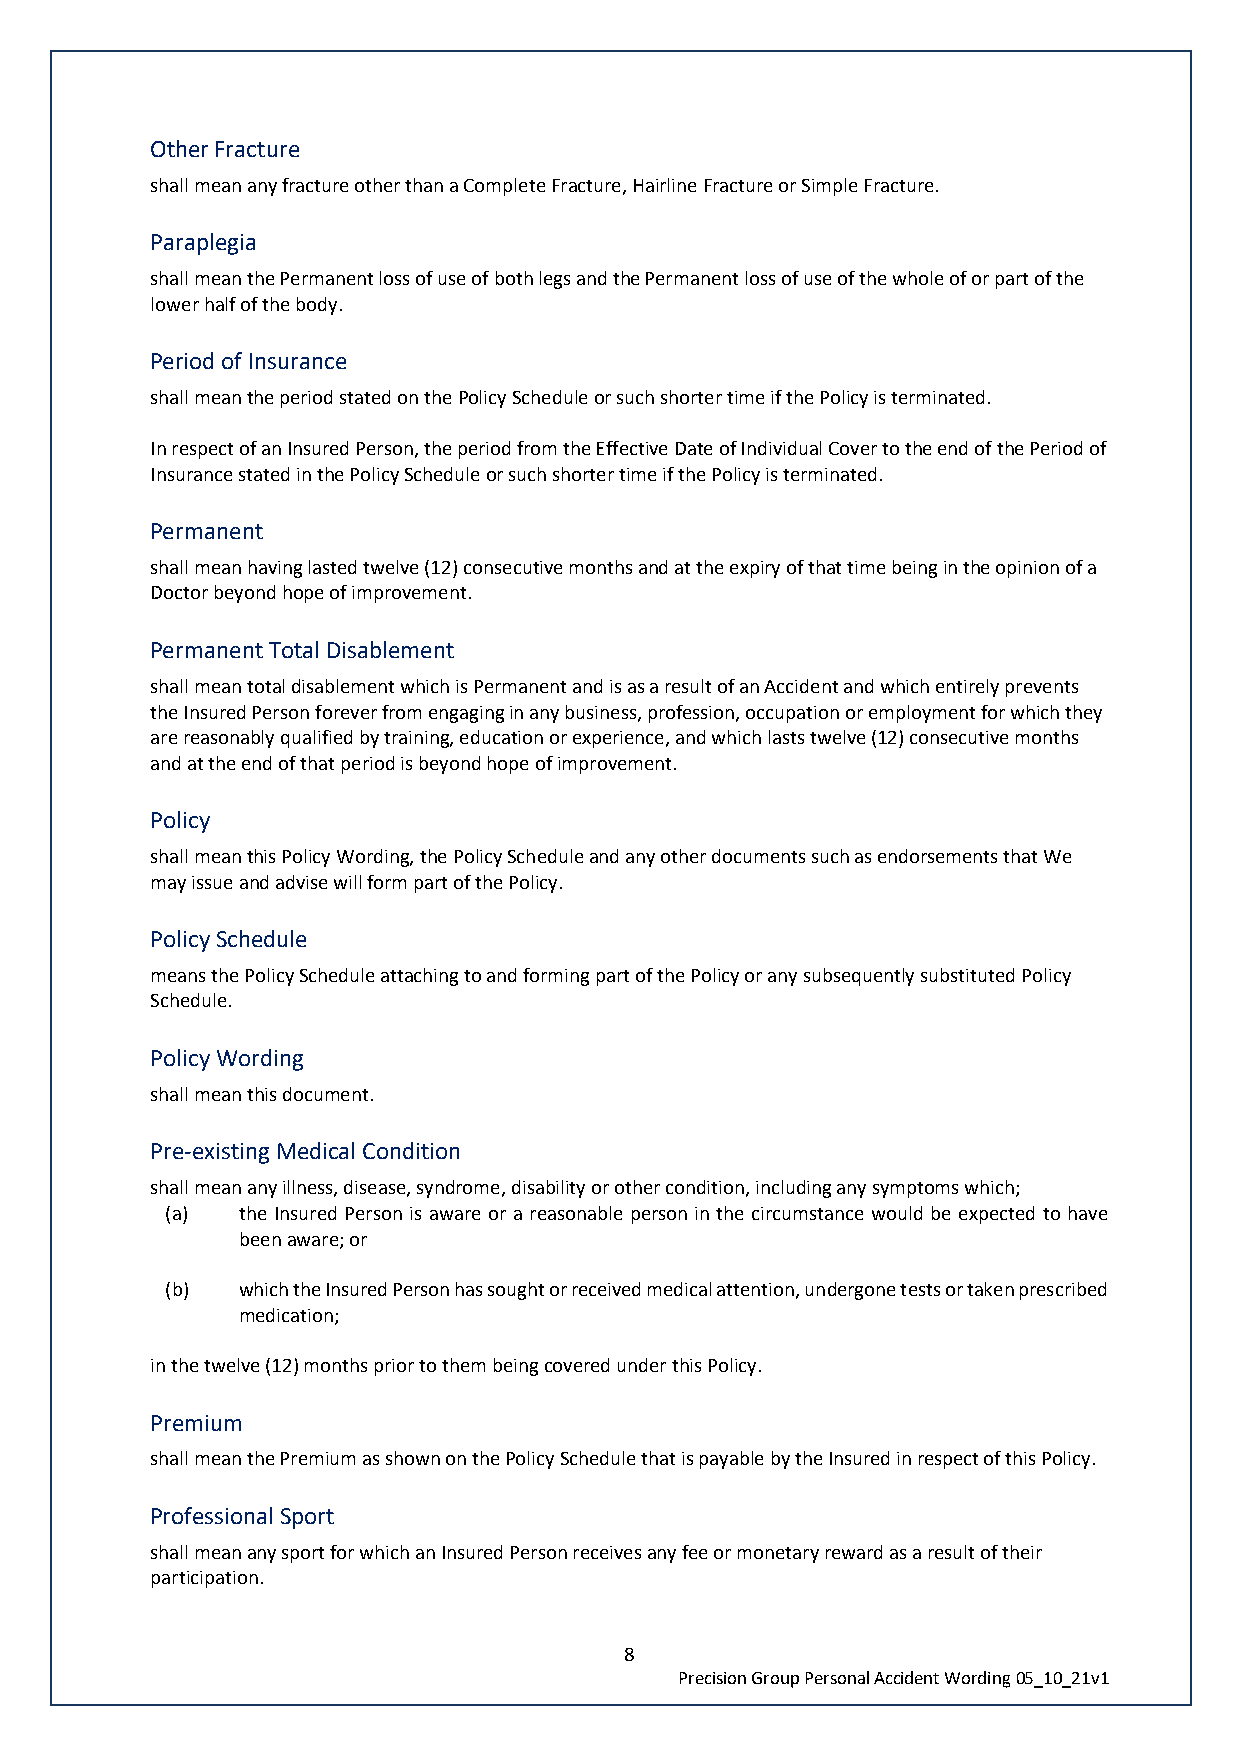
Other Fracture
 shall mean any fracture other than a Complete Fracture, Hairline Fracture or Simple Fracture.
 Paraplegia
 shall mean the Permanent loss of use of both legs and the Permanent loss of use of the whole of or part of the
 lower half of the body.
 Period of Insurance
 shall mean the period stated on the Policy Schedule or such shorter time if the Policy is terminated.
 In respect of an Insured Person, the period from the Effective Date of Individual Cover to the end of the Period of
 Insurance stated in the Policy Schedule or such shorter time if the Policy is terminated.
 Permanent
 shall mean having lasted twelve (12) consecutive months and at the expiry of that time being in the opinion of a
 Doctor beyond hope of improvement.
 Permanent Total Disablement
 shall mean total disablement which is Permanent and is as a result of an Accident and which entirely prevents
 the Insured Person forever from engaging in any business, profession, occupation or employment for which they
 are reasonably qualified by training, education or experience, and which lasts twelve (12) consecutive months
 and at the end of that period is beyond hope of improvement.
 Policy
 shall mean this Policy Wording, the Policy Schedule and any other documents such as endorsements that We
 may issue and advise will form part of the Policy.
 Policy Schedule
 means the Policy Schedule attaching to and forming part of the Policy or any subsequently substituted Policy
 Schedule.
 Policy Wording
 shall mean this document.
 Pre-existing Medical Condition
 shall mean any illness, disease, syndrome, disability or other condition, including any symptoms which;
 (a)  the Insured Person is aware or a reasonable person in the circumstance would be expected to have
 been aware; or
 (b)  which the Insured Person has sought or received medical attention, undergone tests or taken prescribed
 medication;
 in the twelve (12) months prior to them being covered under this Policy.
 Premium
 shall mean the Premium as shown on the Policy Schedule that is payable by the Insured in respect of this Policy.
 Professional Sport
 shall mean any sport for which an Insured Person receives any fee or monetary reward as a result of their
 participation.
 8
 Precision Group Personal Accident Wording 05_10_21v1